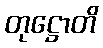
တုဋ္ဌောတိ